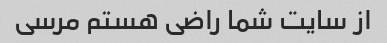
از سایت شما راضی هستم مرسی